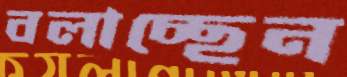
বলাচ্ছেন